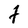
Character: t